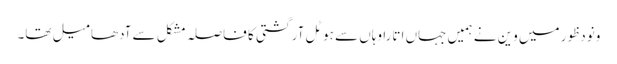
ونودظور میں وین نے ہمیں جہاں اتارا وہاں سے ہوٹل آرگشتی کا فاصلہ مشکل سے آدھا میل تھا۔